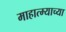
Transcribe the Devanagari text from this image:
माहात्म्याच्या